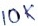
Text: 10K